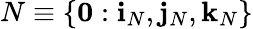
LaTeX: N\equiv\{ \mathbf{0}:\mathbf{i}_{N},\mathbf{j}_{N},\mathbf{k}_{N}\}